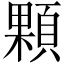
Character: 顆